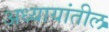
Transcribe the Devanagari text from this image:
अध्यायांतील